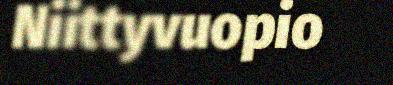
Niittyvuopio